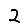
Digit: 2